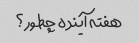
هفته آینده چطور؟